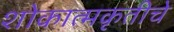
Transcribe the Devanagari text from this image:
शोकात्मकृतीचे